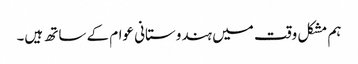
ہم مشکل وقت میں ہندوستانی عوام کے ساتھ ہیں۔